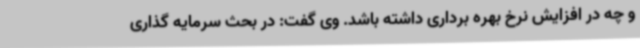
و چه در افزایش نرخ بهره برداری داشته باشد. وی گفت: در بحث سرمایه گذاری